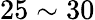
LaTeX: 25\sim 30